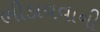
ભીડાવવાની